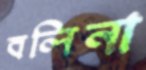
বলিনা